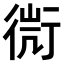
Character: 𧗬